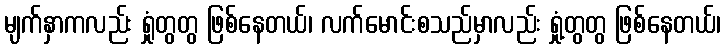
မျက်နှာကလည်း ရှုံတွတွ ဖြစ်နေတယ်၊ လက်မောင်းစသည်မှာလည်း ရှုံ့တွတွ ဖြစ်နေတယ်၊